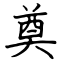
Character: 奠